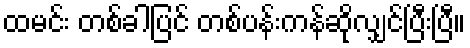
ထမင်း တစ်ခါပြင် တစ်ပန်းကန်ဆိုလျှင်ပြီးပြီ။